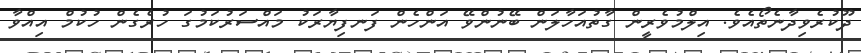
ދޫކުރެވިދާނެތޯއެވެ. އިލްމުވެރީން ގާތުއަހާލަން ބޭނުންވޭ އަންހެން ފަނފިޔާރަކު މައްސަރުކަމުގަ ހުރެގެން ހުކުމް އިއްވާ